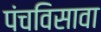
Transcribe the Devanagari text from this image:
पंचविसावा